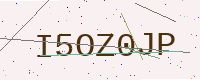
Text: I5OZ0JP